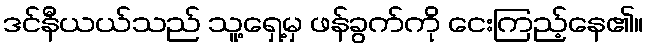
ဒင်နီယယ်သည် သူ့ရှေ့မှ ဖန်ခွက်ကို ငေးကြည့်နေ၏။